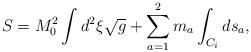
LaTeX: \begin{align*}S=M_0^2\int d^{2}\xi\sqrt{g}+\sum_{a=1}^2m_a\int_{C_i}ds_a,\end{align*}